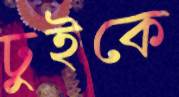
ঢুইকে